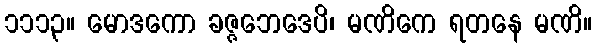
၁၁၁၃။ မောဒကော ခဇ္ဇဘေဒေပိ၊ မဏိကေ ရတနေ မဏိ။